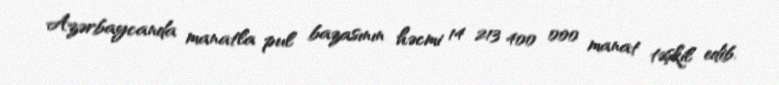
Azərbaycanda manatla pul bazasının həcmi 14 213 400 000 manat təşkil edib.